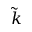
\tilde { k }